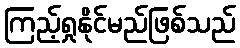
ကြည့်ရှုနိုင်မည်ဖြစ်သည်